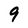
Character: 9